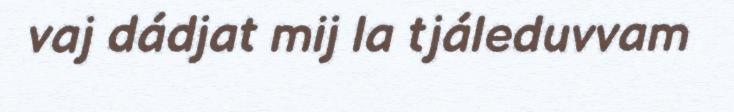
vaj dádjat mij la tjáleduvvam